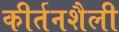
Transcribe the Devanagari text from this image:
कीर्तनशैली